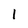
Character: 1